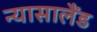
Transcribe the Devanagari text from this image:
न्यासालैंड